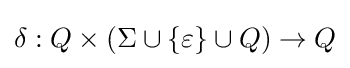
\delta :Q\times (\Sigma \cup \{\varepsilon \}\cup Q)\to Q